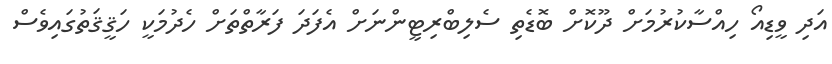
އަދި ވީޑިއޯ ހިއްސާކުރުމަށް ދޫކޮށް ބޮޑެތި ސެލިބްރިޓީންނަށް އެފަދަ ފަރާތްތަށް ހެދުމަކީ ހަޤީޤަތުގައިވެސް